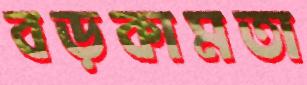
বড়কামতা